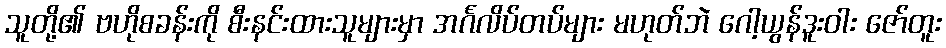
သူတို့၏ ဗဟိုစခန်းကို စီးနင်းထားသူများမှာ အင်္ဂလိပ်တပ်များ မဟုတ်ဘဲ ဂေါ့ယွန်ဒူးဝါး ဇော်တူး